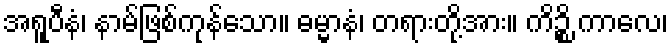
အရူပီနံ၊ နာမ်ဖြစ်ကုန်သော။ ဓမ္မာနံ၊ တရားတို့အား။ ကိဉ္စိ ကာလေ၊